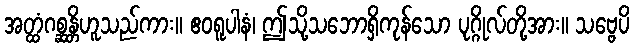
အတ္ထံဂစ္ဆန္တိဟူသည်ကား။ ဧဝရူပါနံ၊ ဤသို့သဘောရှိကုန်သော ပုဂ္ဂိုလ်တို့အား။ သဗ္ဗေပိ